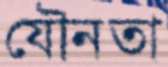
যৌনতা